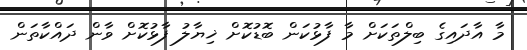
މާ އާދައިގެ ބިލްތަކަށް މާ ފާޅުކަން ބޮޑުކޮށް ޚިޔާލު ފާޅުކޮށް ވާން ދައްކާތަން